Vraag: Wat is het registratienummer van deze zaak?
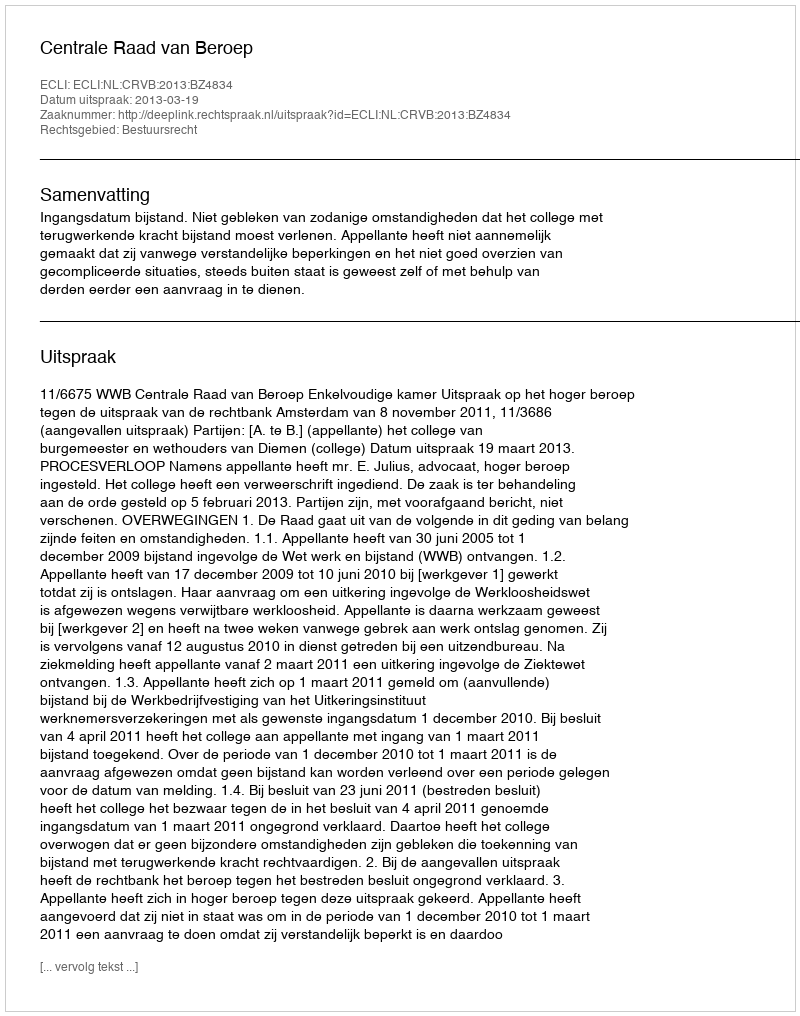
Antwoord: http://deeplink.rechtspraak.nl/uitspraak?id=ECLI:NL:CRVB:2013:BZ4834